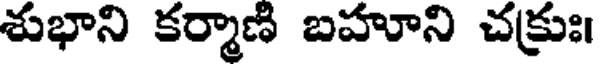
శుభాని కర్మాణి బహూని చక్రుః।